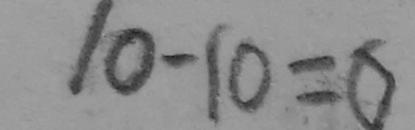
1 0 - 1 0 = 0